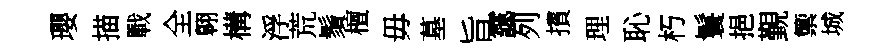
瓔描戰全翱構浮荒鬚檀毋墓旨靄列擯理恥朽鬟挹覲籞城